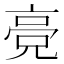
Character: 𬴔